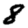
Digit: 8